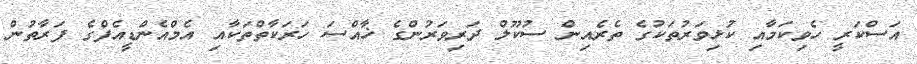
އަސްކަރީ ހެވިކަމާއި ކުޅިވަރުތަކުގެ ތެރެއިން ސުކޫލް ދަރިވަރުންގެ ޚާއްސަ ހަރަކާތްތަކާއި އެމްއެންޑީއެފްގެ ފަރާތުން